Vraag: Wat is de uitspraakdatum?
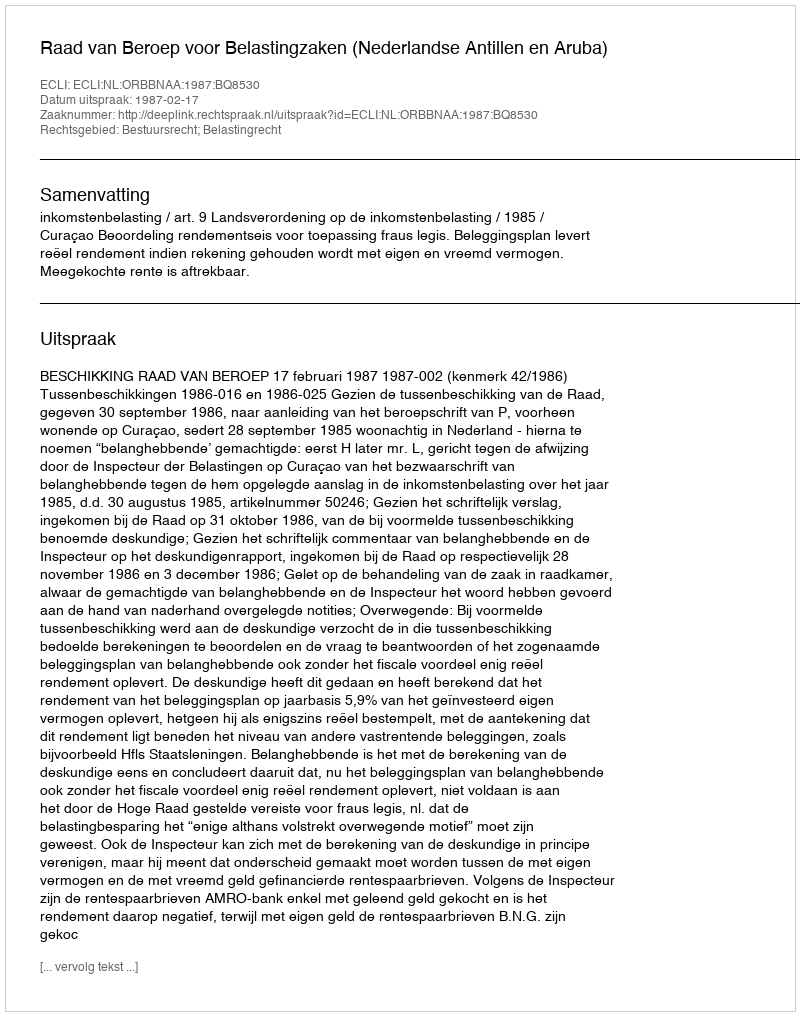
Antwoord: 1987-02-17